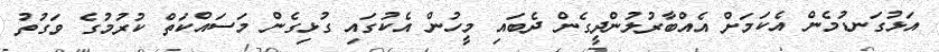
އަޅުގަނޑުމެން އެކަމަށް އެއްބާރުލުންދީގެން ދެބައި މީހުން އެކުގައި ގުޅިގެން މަސައްކަތް ކުރުމުގެ ވަގުތު